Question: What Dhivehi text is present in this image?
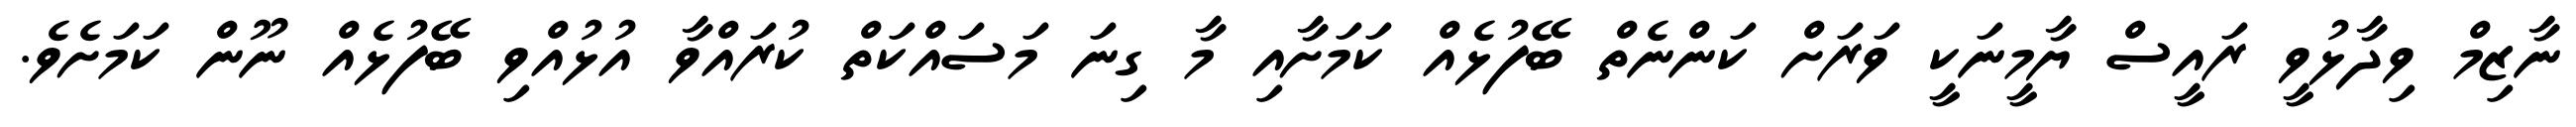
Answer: ނާޒިމް ވިދާޅުވީ ރައީސް ޔާމީނަކީ ވަރަށް ކަންނެތް ބޭފުޅެއް ކަމަށާއި މާ ގިނަ މަސައްކަތް ކުރައްވާ އުޅުއްވި ބޭފުޅެއް ނޫން ކަމަށެވެ.